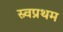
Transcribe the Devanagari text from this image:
स्र्वप्रथम